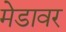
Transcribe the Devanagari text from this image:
मेडावर